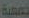
تمعية